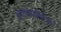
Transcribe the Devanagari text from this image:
धावांव्यतिरिक्त